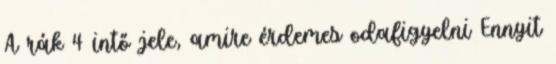
A rák 4 intő jele, amire érdemes odafigyelni Ennyit